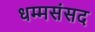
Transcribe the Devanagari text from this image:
धम्मसंसद